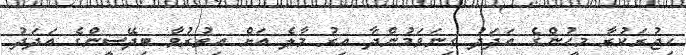
ހިޖުރަކުރާ މީހުންގެ އަދަދު ގިނަވަމުންދާ އިރު މާލެ އަށް އިތުރުވާ ބިދޭސީންގެ އަދަދު